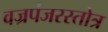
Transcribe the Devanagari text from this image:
वज्रपंजरस्तोत्र